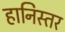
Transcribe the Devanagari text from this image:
हानिस्तर